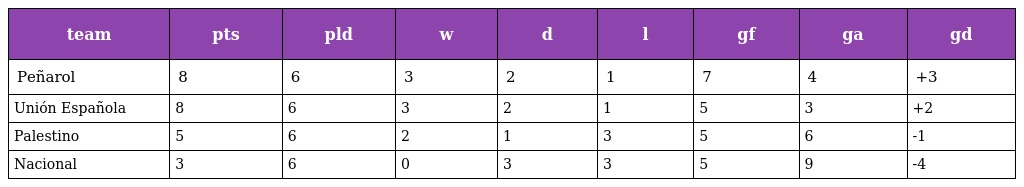
| team | pts | pld | w | d | l | gf | ga | gd |
 | --- | --- | --- | --- | --- | --- | --- | --- | --- |
 | Peñarol | 8 | 6 | 3 | 2 | 1 | 7 | 4 | +3 |
 | Unión Española | 8 | 6 | 3 | 2 | 1 | 5 | 3 | +2 |
 | Palestino | 5 | 6 | 2 | 1 | 3 | 5 | 6 | -1 |
 | Nacional | 3 | 6 | 0 | 3 | 3 | 5 | 9 | -4 |